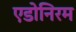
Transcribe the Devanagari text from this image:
एडोनिरम